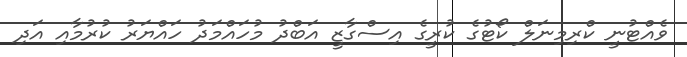
ވެއްޓުނީ ކްރިމިނަލް ކޯޓުގެ ކުރީގެ އިސްގާޒީ އަބްދު މުހައްމަދު ހައްޔަރު ކުރުމާއި އަދި